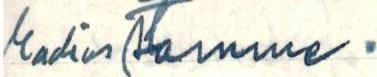
radioistamme.